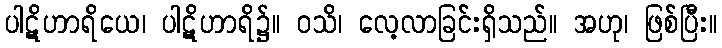
ပါဋိဟာရိယေ၊ ပါဋိဟာရိ၌။ ဝသိ၊ လေ့လာခြင်းရှိသည်။ အဟု၊ ဖြစ်ပြီး။